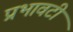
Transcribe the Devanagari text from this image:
प्रभावटी